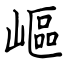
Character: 嶇